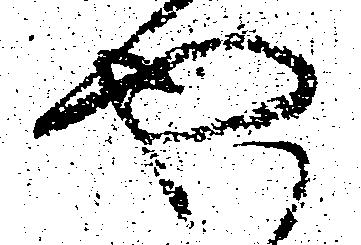
や